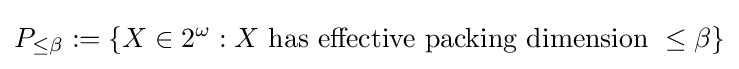
P_{\leq \beta }:=\{X\in 2^{\omega }:X\ \mathrm {has\ effective\ packing\ dimension\ } \leq \beta \}